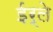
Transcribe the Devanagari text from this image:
ईर्ले